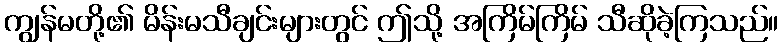
ကျွန်မတို့၏ မိန်းမသီချင်းများတွင် ဤသို့ အကြိမ်ကြိမ် သီဆိုခဲ့ကြသည်။